Leningradi_Edasi_toimetus, lk 90
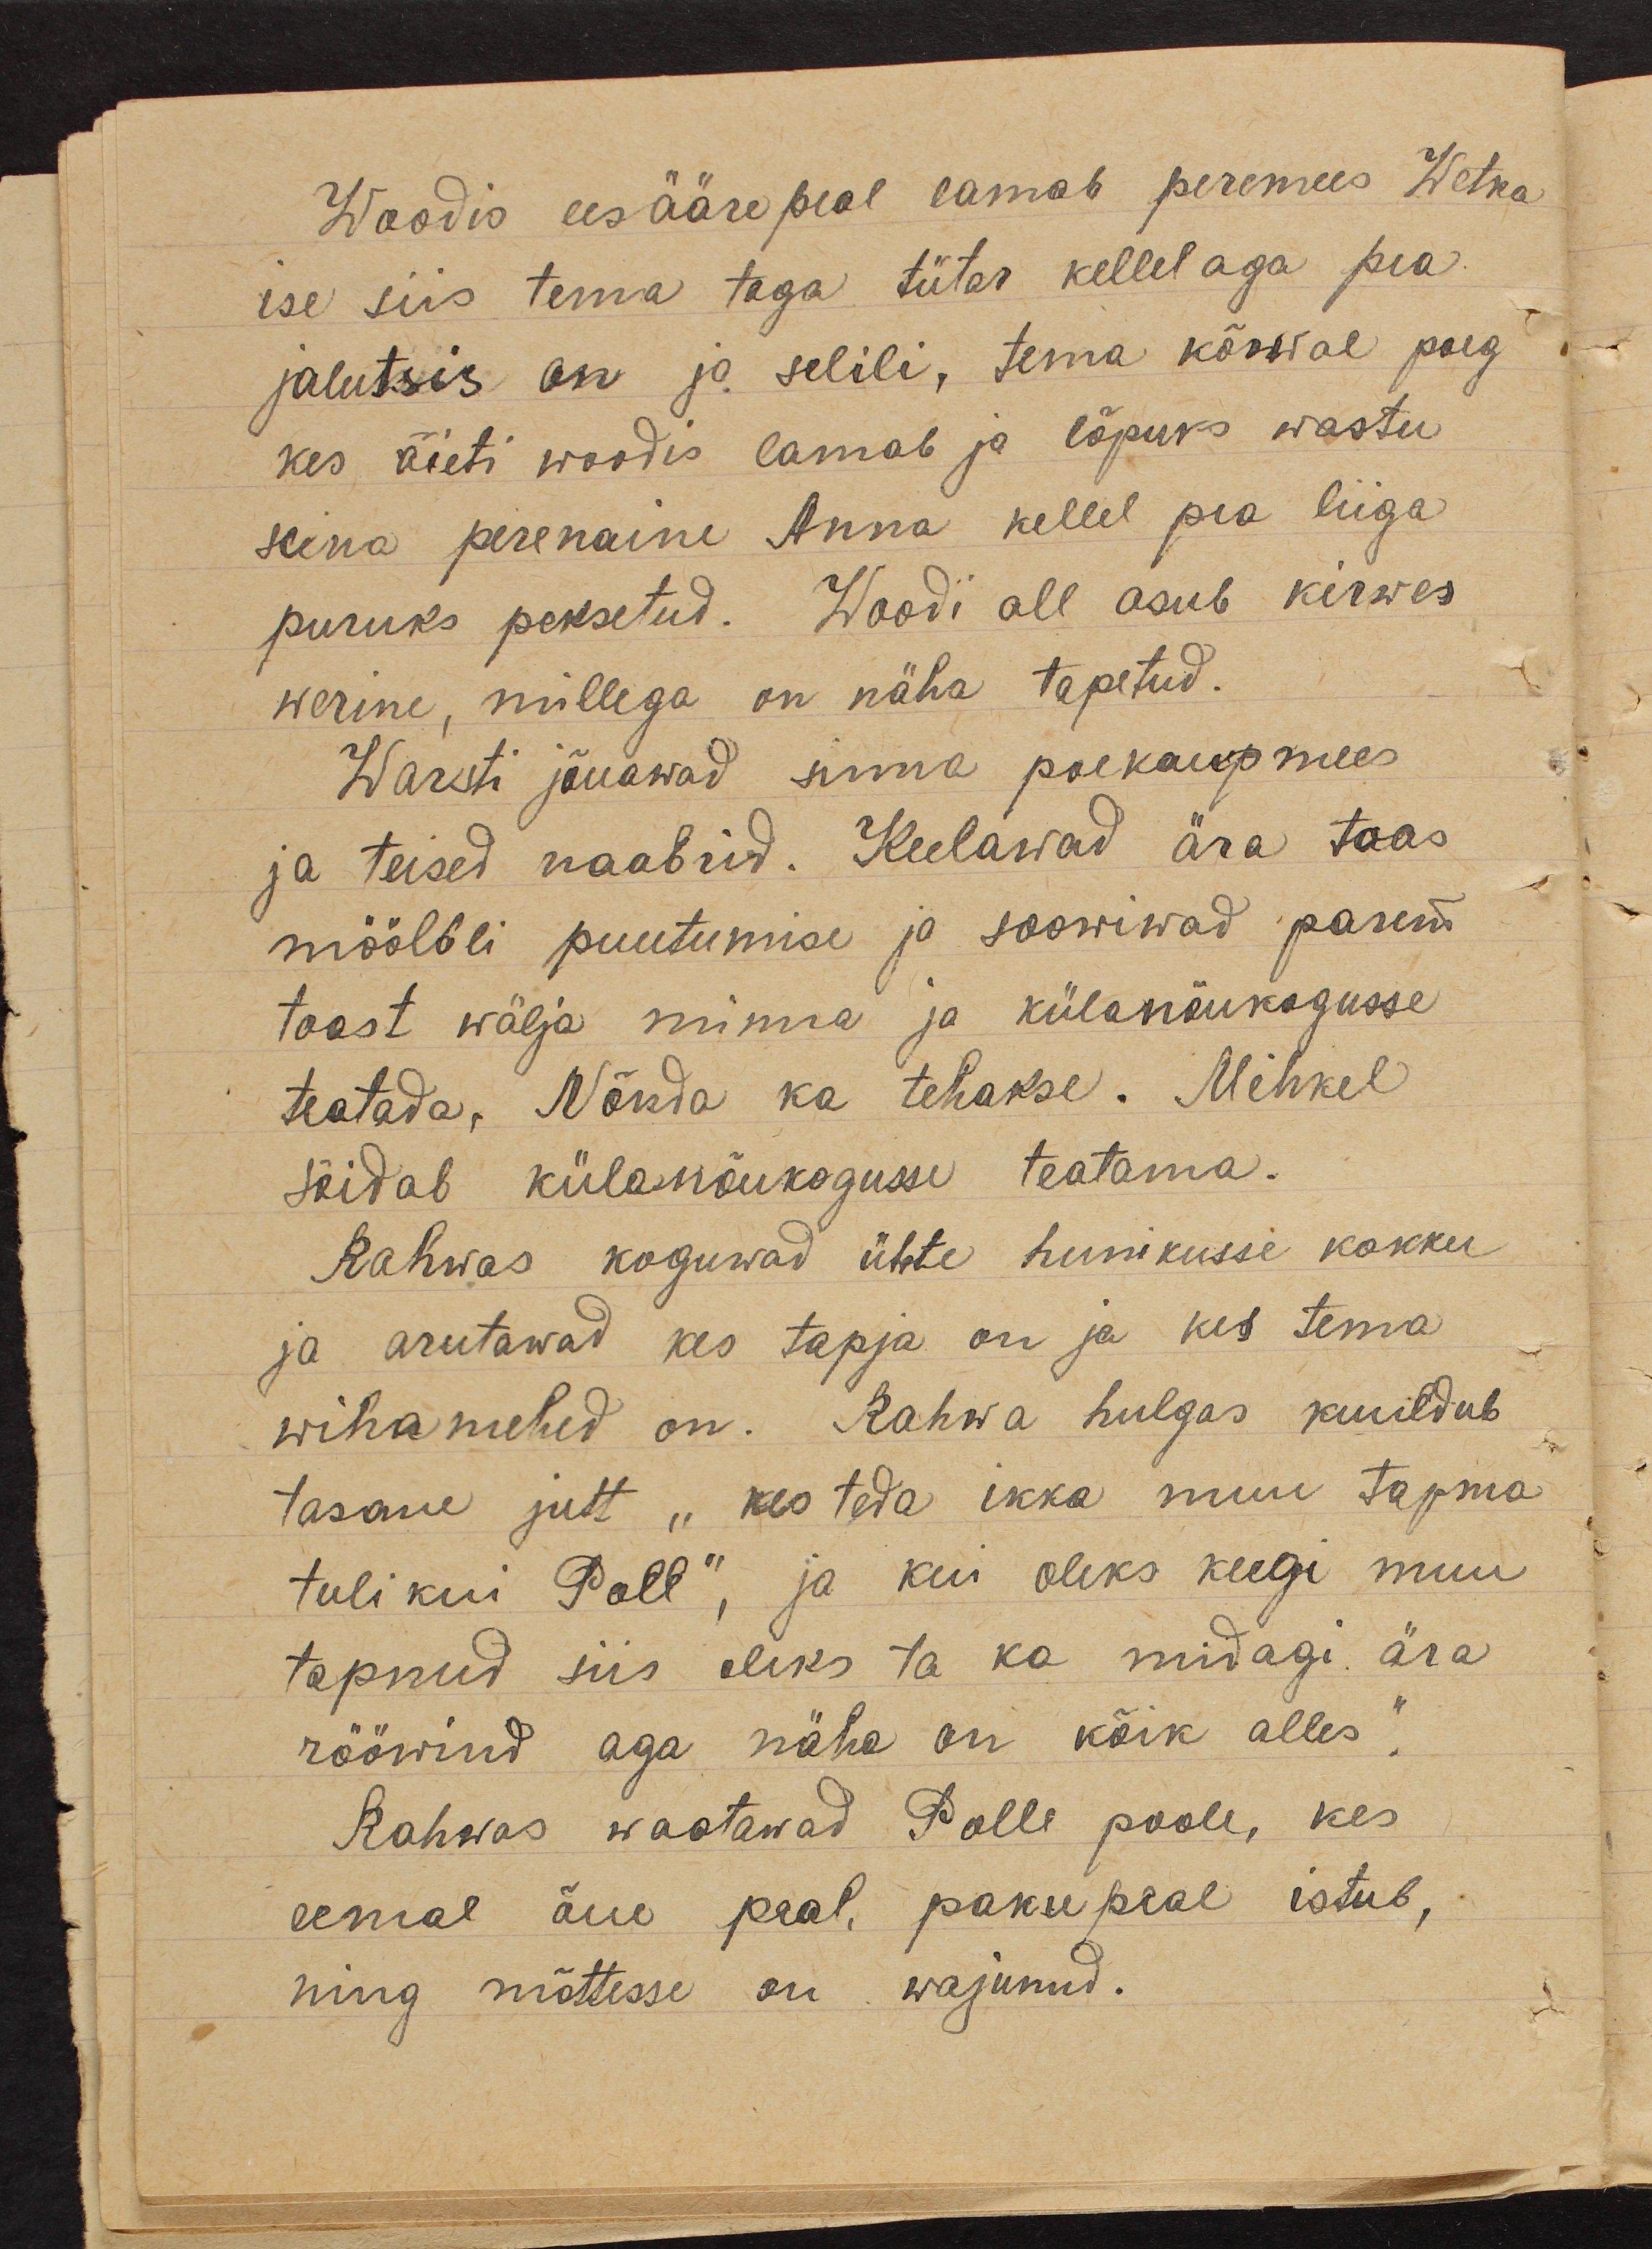
Woodis ees ääre peal lamab peremees Wetka
ise siis tema taga tütar kellel aga pea
jalutsis on ja selili, tema kõrwal poeg
kes õieti woodis lamab ja lõpuks wastu
seina perenaine Anna kellel pea liiga
puruks peksetud. Woodi all asub kirwes
werine, millega on näha tapetud.
Warsti jõuawad sinna poekaupmees
ja teised naabrid. Keelawad ära toas
möölbli puutumise ja soowiwad parem
toast wälja minna ja külanõukogusse
teatada, Nõnda ka tehakse. Mihkel
sõidab külanõukogusse teatama.
Rahwas koguwad ühte hunikusse kokku
ja arutawad kes tapja on ja kes tema
wihamehed on. Rahwa hulgas kuuldub
tasane jutt " kes teda ikka muu tapma
tuli kui Poll", ja kui oleks keegi muu
tapnud siis oleks ta ka midagi ära
rööwind aga näha on kõik alles".
Rahwas waatawad Polle poole, kes
eemal õue peal, paku peal istub,
ning mõttesse on wajunud.